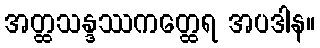
အတ္ထသန္ဒဿကတ္ထေရ အပဒါန။